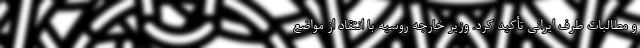
و مطالبات طرف ایرانی تأکید کرد. وزیر خارجه روسیه با انتقاد از مواضع